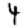
Digit: 4